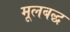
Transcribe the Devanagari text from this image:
मूलबद्ध